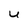
Character: U